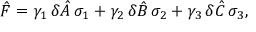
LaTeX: { \hat { F } } = \gamma _ { 1 } \, \delta { \hat { A } } \, \sigma _ { 1 } + \gamma _ { 2 } \, \delta { \hat { B } } \, \sigma _ { 2 } + \gamma _ { 3 } \, \delta { \hat { C } } \, \sigma _ { 3 } ,